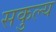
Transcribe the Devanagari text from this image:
सकुल्य